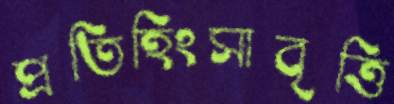
প্রতিহিংসাবৃত্তি